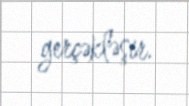
gerçəkləşir.